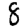
Digit: 8